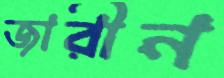
জারীন